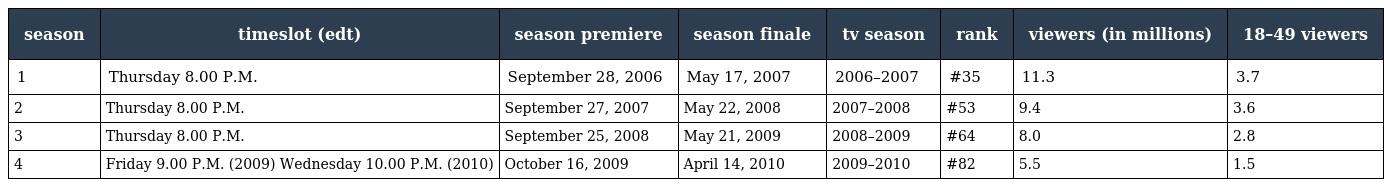
| season | timeslot (edt) | season premiere | season finale | tv season | rank | viewers (in millions) | 18–49 viewers |
 | --- | --- | --- | --- | --- | --- | --- | --- |
 | 1 | Thursday 8.00 P.M. | September 28, 2006 | May 17, 2007 | 2006–2007 | #35 | 11.3 | 3.7 |
 | 2 | Thursday 8.00 P.M. | September 27, 2007 | May 22, 2008 | 2007–2008 | #53 | 9.4 | 3.6 |
 | 3 | Thursday 8.00 P.M. | September 25, 2008 | May 21, 2009 | 2008–2009 | #64 | 8.0 | 2.8 |
 | 4 | Friday 9.00 P.M. (2009) Wednesday 10.00 P.M. (2010) | October 16, 2009 | April 14, 2010 | 2009–2010 | #82 | 5.5 | 1.5 |